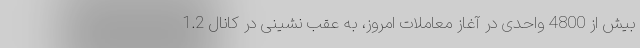
بیش از 4800 واحدی در آغاز معاملات امروز، به عقب نشینی در کانال 1.2